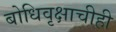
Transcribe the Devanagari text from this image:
बोधिवृक्षाचीही